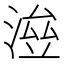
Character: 𣸓